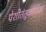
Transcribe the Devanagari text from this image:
पेशीतंतुकोशिका